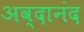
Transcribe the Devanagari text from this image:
अव्दानंद